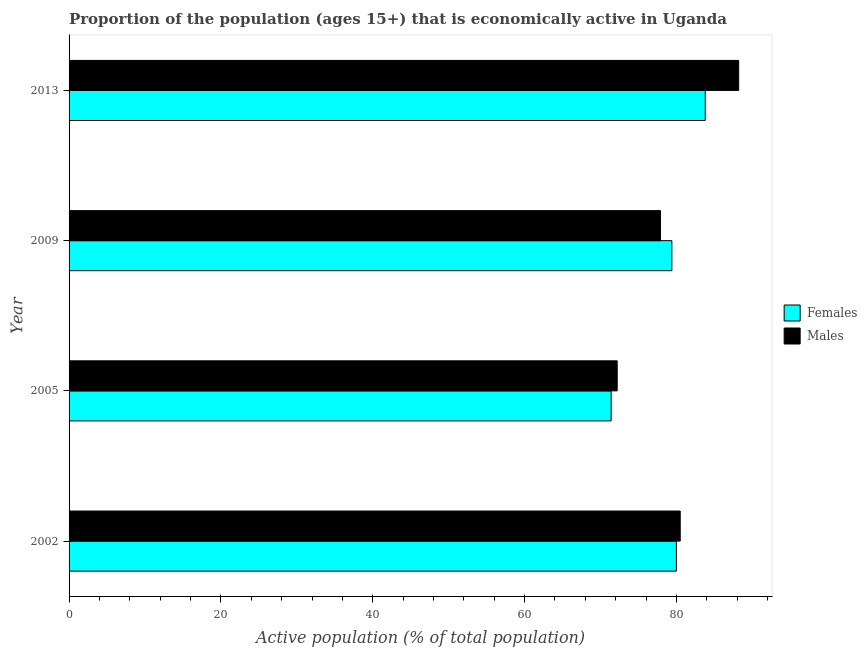
| Year | Females | Males |
 | --- | --- | --- |
 | 2002 | 80 | 80.5 |
 | 2005 | 71.4 | 72.2 |
 | 2009 | 79.4 | 77.9 |
 | 2013 | 83.8 | 88.2 |